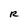
Character: R